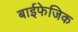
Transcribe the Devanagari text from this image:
बाईफेजिक